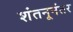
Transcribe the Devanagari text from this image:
शंतनूनंतर